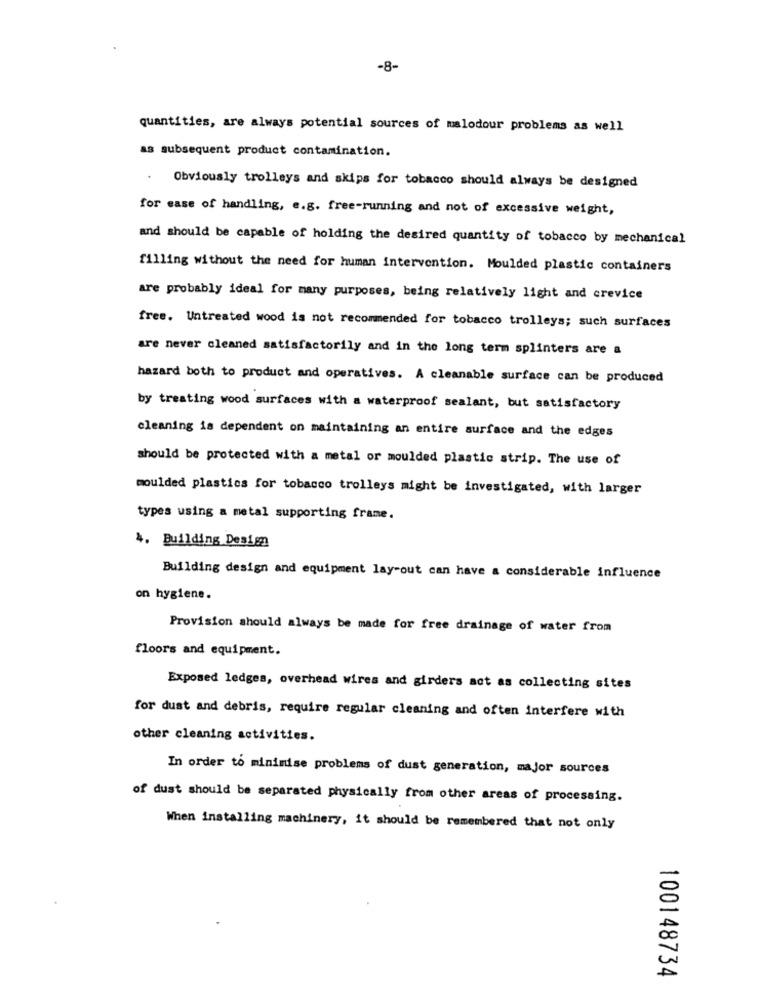
-8-
quantities, are always potential sources of malodour problems as well
as subsequent product contamination.
Obviously trolleys and skips for tobacco should always be designed
for ease of handling, e.g. free-running and not of excessive weight,
and should be capable of holding the desired quantity of tobacco by mechanical
filling without the need for human intervention. Moulded plastic containers
are probably ideal for many purposes, being relatively light and crevice
free. Untreated wood is not recommended for tobacco trolleys; such surfaces
are never cleaned satisfactorily and in the long term splinters are a
hazard both to product and operatives. A cleanable surface can be produced
by treating wood surfaces with a waterproof sealant, but satisfactory
cleaning is dependent on maintaining an entire surface and the edges
should be protected with a metal or moulded plastic strip. The use of
moulded plastics for tobacco trolleys might be investigated, with larger
types using a metal supporting frame.
4. Building Design
Building design and equipment lay-out can have a considerable influence
on hygiene.
Provision should always be made for free drainage of water from
floors and equipment.
Exposed ledges, overhead wires and girders act as collecting sites
for dust and debris, require regular cleaning and often interfere with
other cleaning activities.
In order to minimise problems of dust generation, major sources
of dust should be separated physically from other areas of processing.
When installing machinery, it should be remembered that not only
100148734